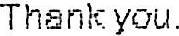
THANK YOU.